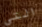
التي